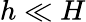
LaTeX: h\ll H